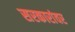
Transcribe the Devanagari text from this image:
सरकारांवर